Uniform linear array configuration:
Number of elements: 12
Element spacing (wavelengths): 0.5
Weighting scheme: cosine
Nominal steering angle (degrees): -60
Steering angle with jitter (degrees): -59.67
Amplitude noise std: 0.05
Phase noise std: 0.05

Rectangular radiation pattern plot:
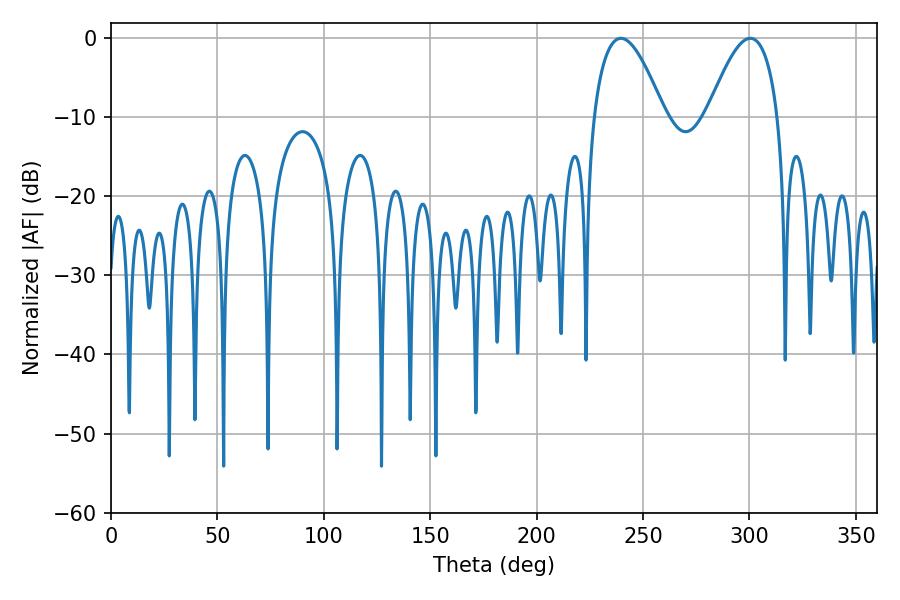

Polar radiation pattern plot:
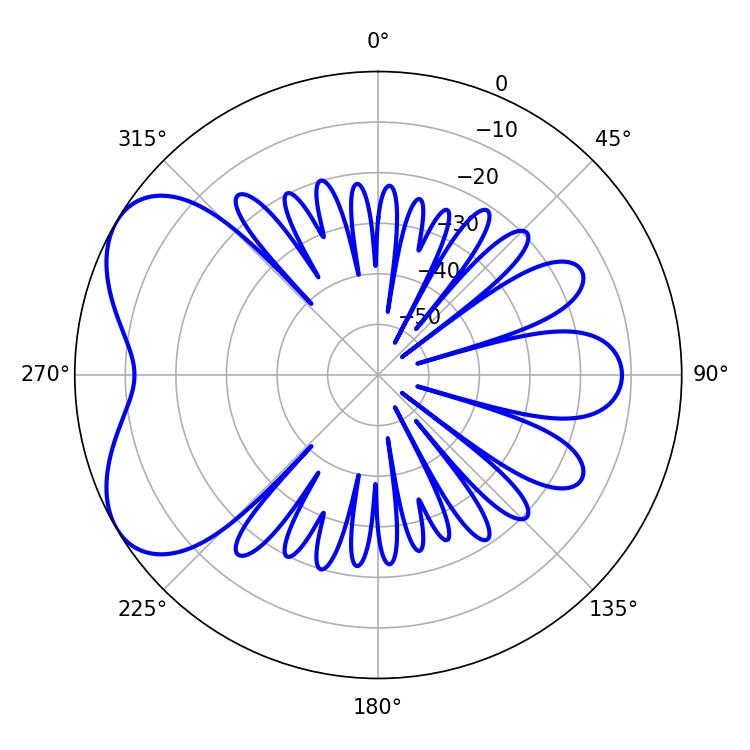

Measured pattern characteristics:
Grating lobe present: FALSE
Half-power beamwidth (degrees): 18.18
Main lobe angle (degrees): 239.58